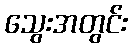
သွေးအတွင်း